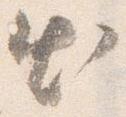
出